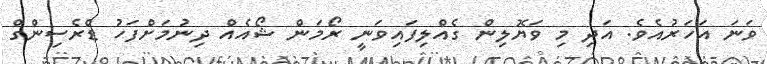
ވަނަ އަހަރުއެވެ. އަދި މި ވަޔޮލިން ގެއްލިފައިވަނީ ރޯމަން ޝޯއެއް ދިނުމަށްފަހު ޑްރެސިންގް